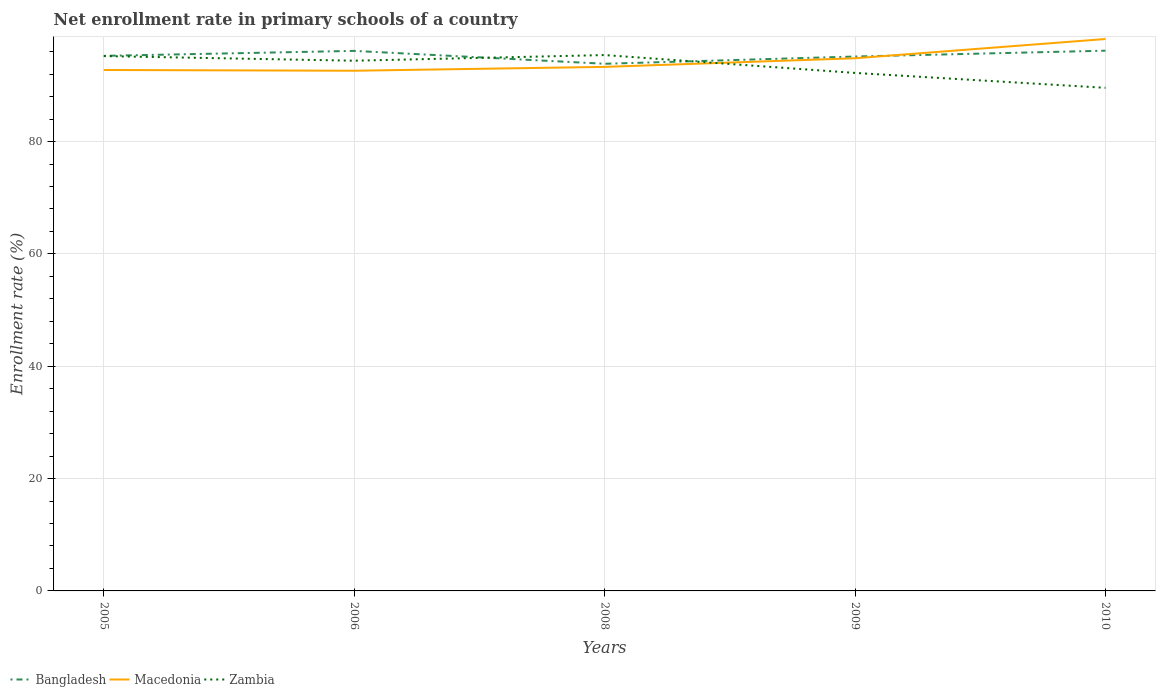
| Years | Bangladesh | Macedonia | Zambia |
 | --- | --- | --- | --- |
 | 2005 | 95.3 | 92.7 | 95.2 |
 | 2006 | 96.1 | 92.6 | 94.4 |
 | 2008 | 93.8 | 93.3 | 95.4 |
 | 2009 | 95.1 | 94.8 | 92.2 |
 | 2010 | 96.2 | 98.3 | 89.6 |